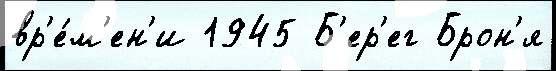
вр'е́м'ен'и 1945 Б'ер'ег Брон'я